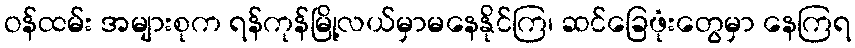
ဝန်ထမ်း အများစုက ရန်ကုန်မြို့လယ်မှာမနေနိုင်ကြ၊ ဆင်ခြေဖုံးတွေမှာ နေကြရ